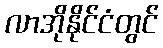
လာအိုနိုင်ငံတွင်